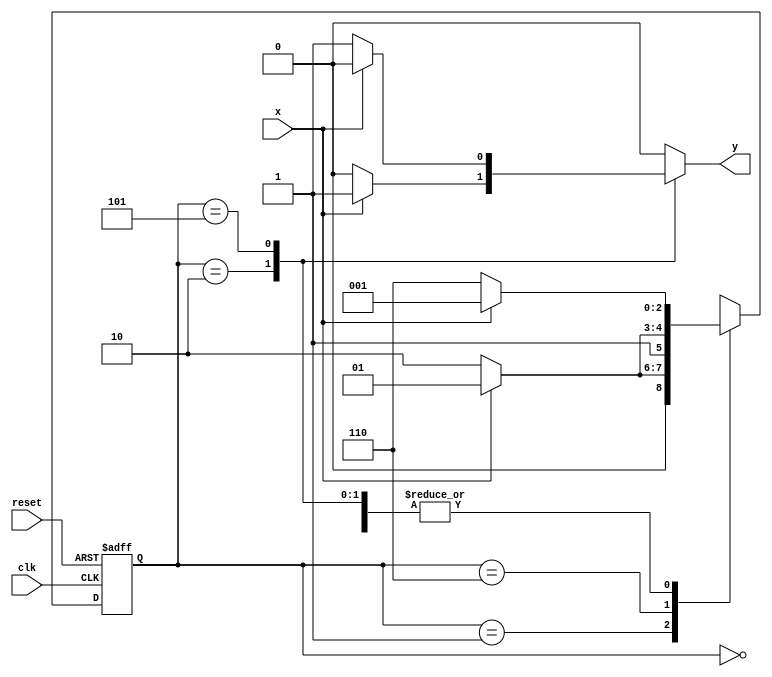
// ---------------------
// Guia 11_04 - Mealy - FSM capaz de identificar uma sequncia de trs bits iguais a(010) ou (101).
// Nome:Ndia de SOuza Maciel Vieira Ferreiro 
// ---------------------

//Implementar um mquina de estados finitos capaz de identificar uma sequncia de trs bits iguais a(010) ou (101).
 
//


// --- Mealy FSM
// --- seq: 010 ou 101



// constant definitions
`define found    1
`define notfound 0

// FSM by Mealy
module exercicio4_seq010_101 ( y, x, clk, reset );

	output y;
	input  x;
	input  clk;
	input  reset;

	reg    y;

	parameter         // state identifiers 
		start  = 3'b000,
		id1    = 3'b001,
		id0    = 3'b110,
		id10   = 3'b010,
		id01   = 3'b101;

	reg [2:0] E1;	// current state variables
	reg [2:0] E2;	// next state logic output

	// next state logic
   always @( x or E1 )
		begin
		y = `notfound;

		case ( E1 )
			start:
				if ( x )
					E2 = id1;
				else
					E2 = id0;
				
			id1:
				if ( x )
					E2 = id1;
				else
					E2 = id10;

			id10:
				if ( x )
				begin
					E2 =  id1;
					y  = `found;
				end
				else
				begin
					E2 =  id0;
					y  = `notfound;
				end
			
			id0:
				if ( x )
					E2 = id01;
				else
					E2 = id0;

			id01:
				if ( x )
				begin
					E2 =  id1;
					y  = `notfound;
				end
				else
				begin
					E2 =  id0;
					y  = `found;
				end
	 
			default:   // undefined state
				E2 =  3'bxxx;
		endcase
	  
		end // always at signal or state changing
		

	// state variables
		always @( posedge clk or negedge reset )
		begin
			if ( reset )
				E1 = E2;    // updates current state
			else
				E1 = 0;     // reset
		end // always at signal changing

endmodule // exercicio4_seq010_101

module Exercicio4;
	
	reg   clk, reset, x;
	wire  m1;

	exercicio4_seq010_101 M4( m1, x, clk, reset );

	initial
	begin
		$display("Guia 11_04 -Nadia de souza Maciel Vieira Ferreira - 414511");
		$display("\nTime\tX   Seq 101|010" );


	// initial values
       clk   = 1;
       reset = 0;
       x     = 0;

	// input signal changing
		#10   reset = 1;
		#10  x = 1;
		#10  x = 0;
		#10  x = 0;
		#10  x = 1;
		#10  x = 0;
		#10  x = 1;
		#10  x = 1;
		#10  x = 1;
		#10  x = 1;
		#10  x = 0;
		#10  x = 1;
		#10  x = 1;
		#10  x = 1;
		#10  x = 0;
		#10  x = 1;
		#10  x = 0;
		#10  x = 0;
		#10  x = 0;
		
		#5 $finish;
	
	end // initial

	always
		#5 clk = ~clk;

	always @( posedge clk )
	begin
		$display ( "%4d \t%b\t%b", $time, x, m1);
	end // always at positive edge clocking changing

endmodule 

/* Resultado obtido
      Time		X   Seq 101|010
      10 	0		0
      20 	1		0
      30 	0		1
      40 	0		0
      50 	1		0
      60 	0		1
      70 	1		0
      80 	1		0
      90 	1		0
     100 	1		0
     110 	0		0
     120 	1		1
     130 	1		0
     140 	1		0
     150 	0		0
     160 	1		1
     170 	0		0
     180 	0		0
     190 	0		0
    
  
*/